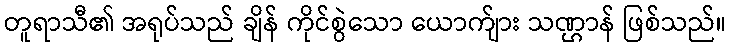
တူရာသီ၏ အရုပ်သည် ချိန် ကိုင်စွဲသော ယောက်ျား သဏ္ဌာန် ဖြစ်သည်။